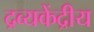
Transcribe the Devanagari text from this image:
द्रव्यकेंद्रीय